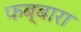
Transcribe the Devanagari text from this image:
फब्बारा